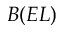
B ( E L )